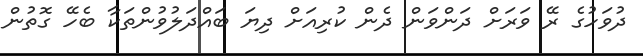
ދުވަހުގެ ރޭ ވަރަށް ދަންވަން ދެން ކުރިއަށް ދިޔަ ބައްދަލުވުންތަކާ ބެހޭ ގޮތުން